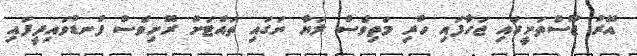
އޭރު ޖޫސްތަށީގައި ޖަހާފައި ހުރި މަތިވެސް ލަޔާ ނަގައި ތައްޓަށް ރޮށިވެސް ފުނޑުވައިދީފައި